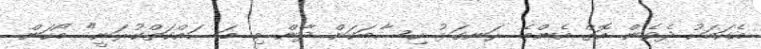
އެކަމަކު ދެވެން އޮތް އެންމެ ރަނގަޅު ހިސާބަކަށް ދާން މި މަސައްކަތްކުރަނީ" މޯހަން